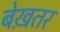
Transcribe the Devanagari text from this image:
बेख़तर